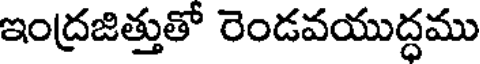
ఇంద్రజిత్తుతో రెండవయుద్ధము